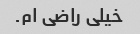
خیلی راضی ام.